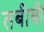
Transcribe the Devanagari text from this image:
तबीबी